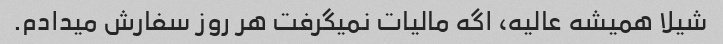
شیلا همیشه عالیه، اگه مالیات نمیگرفت هر روز سفارش میدادم.